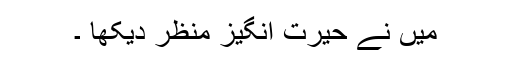
میں نے حیرت انگیز منظر دیکھا ۔